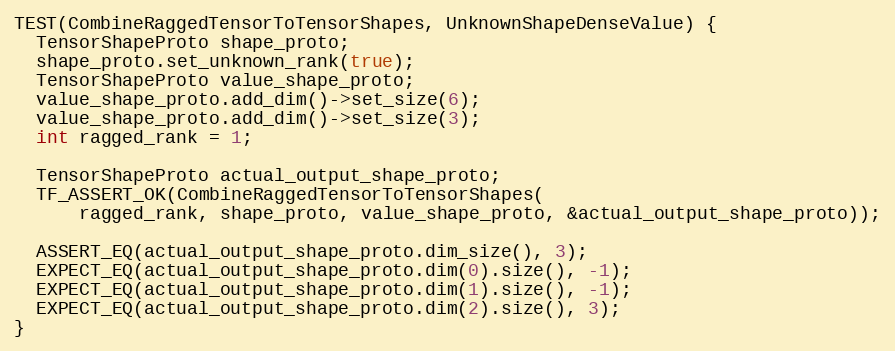
Language: C++
TEST(CombineRaggedTensorToTensorShapes, UnknownShapeDenseValue) {
  TensorShapeProto shape_proto;
  shape_proto.set_unknown_rank(true);
  TensorShapeProto value_shape_proto;
  value_shape_proto.add_dim()->set_size(6);
  value_shape_proto.add_dim()->set_size(3);
  int ragged_rank = 1;

  TensorShapeProto actual_output_shape_proto;
  TF_ASSERT_OK(CombineRaggedTensorToTensorShapes(
      ragged_rank, shape_proto, value_shape_proto, &actual_output_shape_proto));

  ASSERT_EQ(actual_output_shape_proto.dim_size(), 3);
  EXPECT_EQ(actual_output_shape_proto.dim(0).size(), -1);
  EXPECT_EQ(actual_output_shape_proto.dim(1).size(), -1);
  EXPECT_EQ(actual_output_shape_proto.dim(2).size(), 3);
}